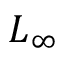
L _ { \infty }